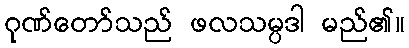
ဂုဏ်တော်သည် ဖလသမ္ပဒါ မည်၏။